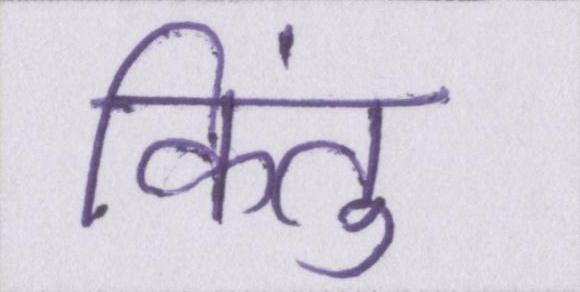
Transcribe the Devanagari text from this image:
किंतु